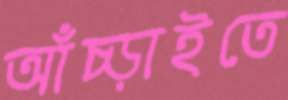
আঁচ্‌ড়াইতে